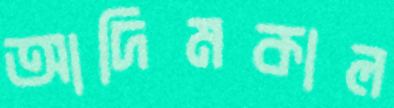
আদিমকাল